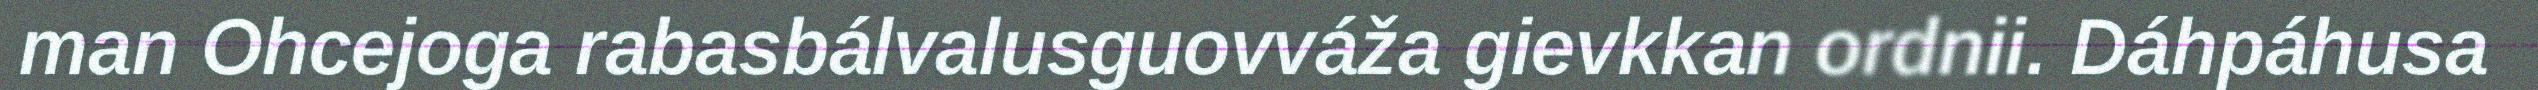
man Ohcejoga rabasbálvalusguovváža gievkkan ordnii. Dáhpáhusa